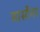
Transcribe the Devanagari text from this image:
वार्स्टेनर